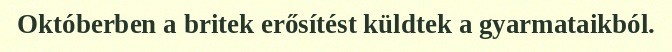
Októberben a britek erősítést küldtek a gyarmataikból.